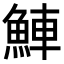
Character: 𬵒